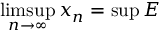
\operatorname* { l i m s u p } _ { n \to \infty } x _ { n } = \operatorname* { s u p } E